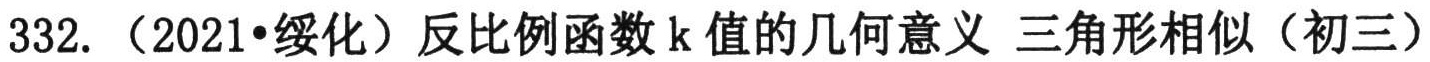
332. （2021•绥化）反比例函数\(k\)值的几何意义 三角形相似（初三）